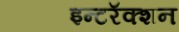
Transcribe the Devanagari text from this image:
इन्टरॅक्शन